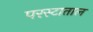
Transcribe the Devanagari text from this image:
परस्टाताल